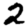
Digit: 2